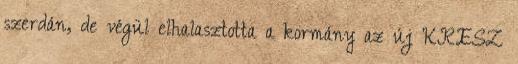
szerdán, de végül elhalasztotta a kormány az új KRESZ